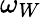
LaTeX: \omega_{W}